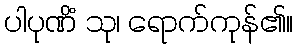
ပါပုဏိံ သု၊ ရောက်ကုန်၏။